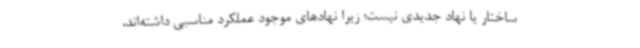
ساختار یا نهاد جدیدی نیست؛ زیرا نهادهای موجود عملکرد مناسبی داشته‌اند،